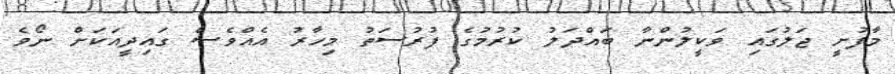
މާފުށީ ޖަލުގައި ވަކީލުންނާ ބައްދަލު ކުރުމުގެ ފުރުސަތު މިހާރު އެއްވެސް ގައިދީއަކަށް ނޯވެ